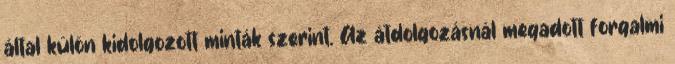
által külön kidolgozott minták szerint. Az átdolgozásnál megadott forgalmi